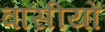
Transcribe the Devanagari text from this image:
वासीयों